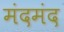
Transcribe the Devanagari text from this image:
मंदमंद